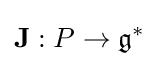
\mathbf {J} :P\to {\mathfrak {g}}^{*}